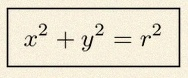
x^2+y^2=r^2